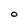
Character: O